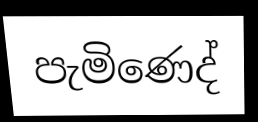
පැමිණෙද්